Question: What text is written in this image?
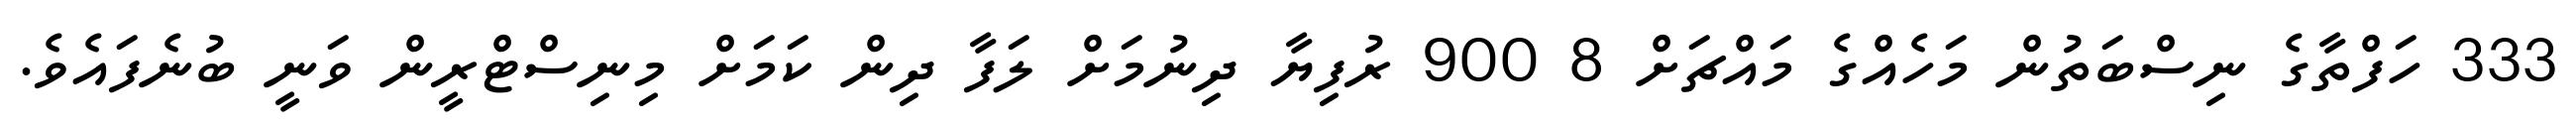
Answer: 333 ހަފްތާގެ ނިސްބަތުން މަހެއްގެ މައްޗަށް 8 900 ރުފިޔާ ދިނުމަށް ލަފާ ދިން ކަމަށް މިނިސްޓްރީން ވަނީ ބުނެފައެވެ.